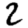
Digit: 2